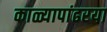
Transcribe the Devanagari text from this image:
काळ्यापांढरया